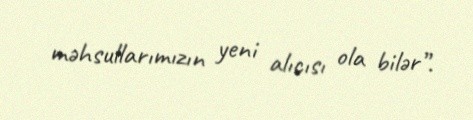
məhsullarımızın yeni alıcısı ola bilər”.